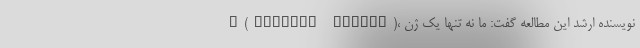
"(Richard Mayeux)، نویسنده ارشد این مطالعه گفت: ما نه تنها یک ژن